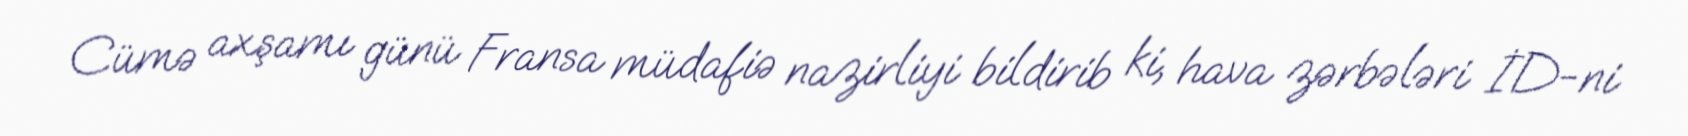
Cümə axşamı günü Fransa müdafiə nazirliyi bildirib ki, hava zərbələri İD-ni